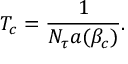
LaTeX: T _ { c } = { \frac { 1 } { N _ { \tau } a ( \beta _ { c } ) } } .